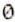
0